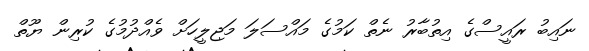
ނައިބު ރައީސްގެ އިތުބާރު ނެތް ކަމުގެ މައްސަލަ މަޖިލީހަށް ވެއްދުމުގެ ކުރިން ޔޫތް